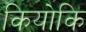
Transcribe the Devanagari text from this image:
कियोकि